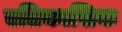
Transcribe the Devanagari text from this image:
एतिकासिक